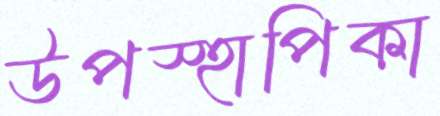
উপস্হাপিকা